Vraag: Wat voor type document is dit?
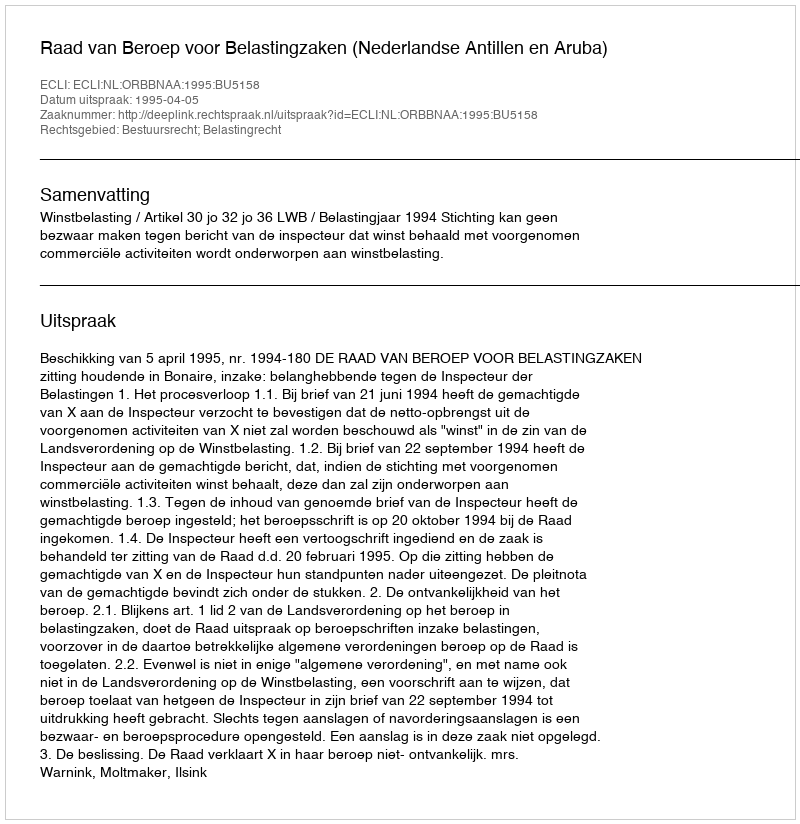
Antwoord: Uitspraak